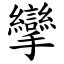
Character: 攣